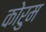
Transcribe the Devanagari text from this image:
कोरुम